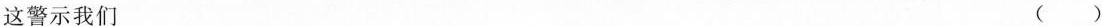
这警示我们 ()